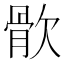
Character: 䯉